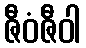
ဇီဝံဇီဝါ